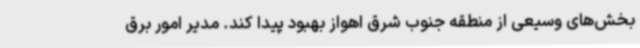
بخش‌های وسیعی از منطقه جنوب شرق اهواز بهبود پیدا کند. مدیر امور برق